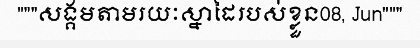
"""សង្គមតាមរយៈស្នាដៃរបស់ខ្លួន08, Jun"""